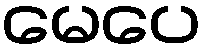
မေပေ